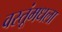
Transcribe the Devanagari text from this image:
वस्तूंमधला